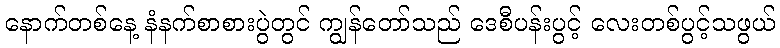
နောက်တစ်နေ့ နံနက်စာစားပွဲတွင် ကျွန်တော်သည် ဒေစီပန်းပွင့် လေးတစ်ပွင့်သဖွယ်